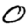
Digit: 0